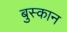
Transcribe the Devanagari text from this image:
बुस्कान